Vaccination in Burma 1889-1999 - 1889-1999
Year: 1889
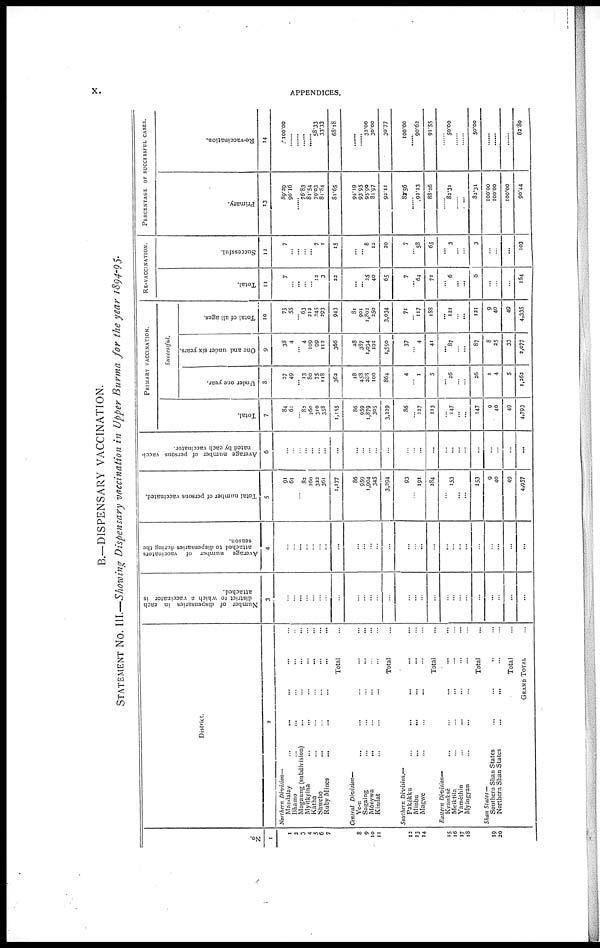
x.
APPENDICES.
B.—DISPENSARY VACCINATION.
STATEMENT NO. III.—Showing Dispensary vaccination in Upper Burma for the year 1894-95.
No.
1
1
2
3
4
5
6
7
8
9
10
11
12
13
14
15
16
17
18
19
20
District.
2
Northern Division—
Mandalay ... ... ... ... ...
Bhamo ... ... ... ... ... ...
Mogaung (subdivision) ... ... ...
Myitkyina ... ... ... ... ... ...
Katha ... ... ... ... ... ...
Shwebo ... ... ... ... ...
Ruby Mines ... ... ... ... ... ...
Total ...
Central Division—
Ye-n ... ... ... ... ... ...
Sagaing ... ... ... ... ... ...
Monywa ... ... ... ... ... ...
Kindat ... ... ... ... ... ...
Total ...
Southern Division.—
Pakokku ... ... ... ... ... ...
Minbu ... ... ... ... ... ...
Magwe ... ... ... ... ... ...
Total ...
Eastern Division—
Kvauksè ... ... ... ... ...
Meiktila ... ... ... ... ...
Yamèthin ... ... ... ... ...
Myingyan ... ... ... ... ...
Total ...
Shan States—
Southern Shan States ... ... ...
Northern Shan States
...
...
...
Total ...
GRAND TOTAL ...
Number of dispensaries in each
district to which a vaccinator is
attached.
3
...
...
...
...
...
...
...
...
...
...
...
...
...
...
...
...
...
...
...
...
...
...
...
...
...
...
Average number of vaccinators
attached to dispensaries during the
season.
4
...
... ...
...
...
...
...
...
...
...
...
...
...
...
...
...
...
...
...
...
...
...
... ...
...
...
Total number of persons vaccinated.
5
91
61
...
82
260
322
361
1,177
86
959
1,904
345
3,294
93
...
191
284
...
153
...
...
153
9
40
49
4,957
Average number of persons vacci-
nated by each vaccinator.
6
...
...
...
...
...
...
...
...
...
...
...
...
...
...
... ...
...
...
...
...
...
...
...
...
...
...
PRIMARY VACCINATION.
Total.
7
84
61
... 82
260
310
358
1,155
86
959
1,879
305
3,229
86
... 127
213
...
147
...
...
147
9
40
49
4,793
Successful.
Under one year.
8
27
49
...
13
80
75
118
362
18
458
288
100
864
4
... 1
5
... 26
...
...
26
1
4
5
1,262
One and under six years.
9
38
4
...
4
109
99
112
366
38
387
1,054
101
1,550
37
... 4
41
...
87
... ...
87
8
25
33
2,077
Total of all ages.
10
75
55
... 63
212
245
293
943
81
901
1,802
250
3,034
71
... 117
188
... 121
... ...
121
9
40
49
4,335
RE-VACCINATION.
Total.
11
7
...
...
...
... 12
3
22
... ...
25
40
65
7
... 64
71
... 6
... ...
6
...
...
...
164
Successful.
12
7
... ...
...
...
7
1
15
... ... 8
12
20
7
... 58
65
...
3
...
...
3
...
...
...
103
PERCENTAGE OF SUCCESSFUL CASES.
Primary.
13
89.29
90.16
...
76.83
81.54
79.03
81.84
81.65
94.19
93.95
95.90
81.97
92.11
82.56
...
92.13
88.26
...
82.31
...
...
82.31
...
100.00
100.00
90.44
Re-vaccination.
14
100.00
......
......
......
......
58.33
33.33
68.18
...
...
32.00
30.00
30.77
100.00
...
90.62
91.55
...
50.00
...
...
50.00
...
...
...
62.80